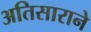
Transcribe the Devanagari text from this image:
अतिसाराने